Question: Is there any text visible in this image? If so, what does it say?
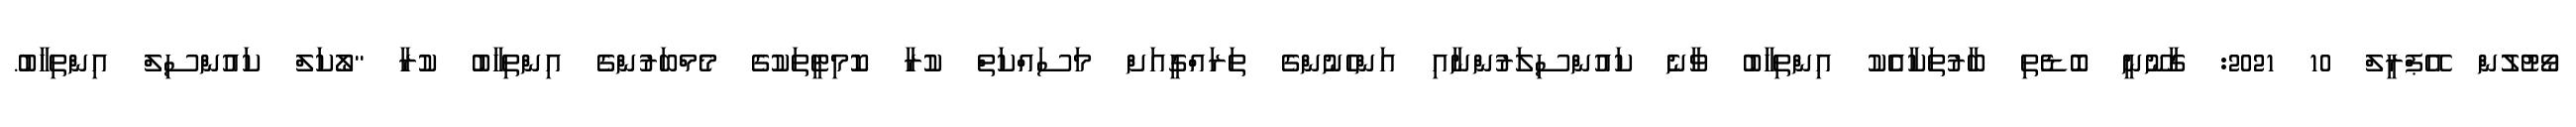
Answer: ވޯޓުލުން އޭޕްރީލް 10 2021: ގާނޫނީ ބޮޑެތި ބާރުތަކާއެެކު އިންތިހާބު ވާނެ ކައުންސިލަރުންނާއި އަންހެނުންގެ ތަރައްގީއަށް މަސައްކަތް ކުރާ ކޮމިޓީތަކުގެ މެމްބަރުންގެ އިންތިހާބު ކުރާ "ލޯކަލް ކައުންސިލް އިންތިހާބު.